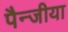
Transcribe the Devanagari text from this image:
पैन्जीया